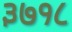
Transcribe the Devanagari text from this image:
३७१८